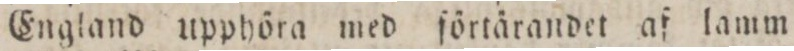
England upphöra med förtärandet af lamm